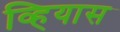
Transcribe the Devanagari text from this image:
व्हियास